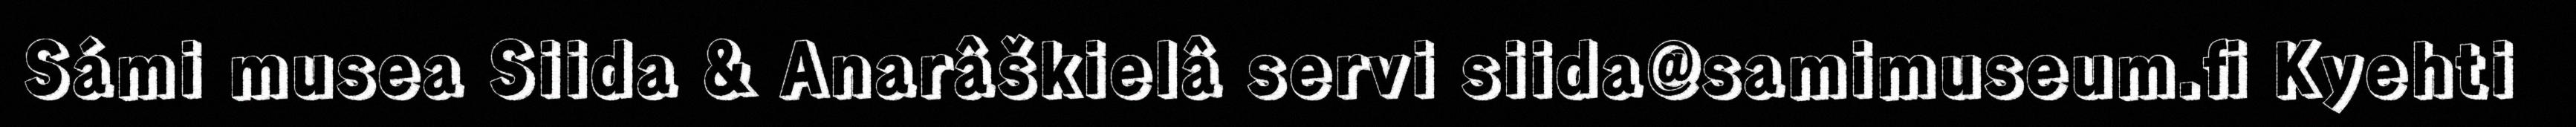
Sámi musea Siida & Anarâškielâ servi siida@samimuseum.fi Kyehti